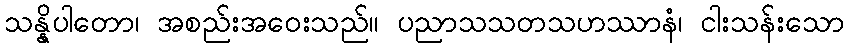
သန္နိပါတော၊ အစည်းအဝေးသည်။ ပညာသသတသဟဿာနံ၊ ငါးသန်းသော